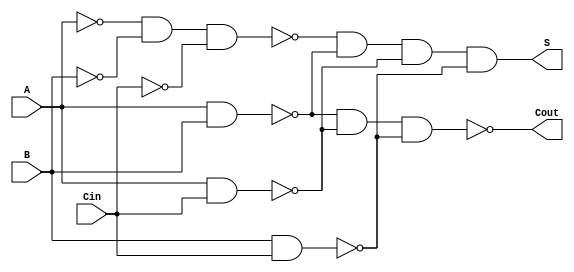
module NegativeCircuitFullAdder (
    input wire A,    // First binary input
    input wire B,    // Second binary input
    input wire Cin,  // Carry input
    output wire S,   // Sum output
    output wire Cout // Carry output
);

// Internal signals for negative logic
wire A_n, B_n, Cin_n;
wire AB, AC, BC;

// Invert the inputs for negative logic
assign A_n = ~A; // A_n is active-low version of A
assign B_n = ~B; // B_n is active-low version of B
assign Cin_n = ~Cin; // Cin_n is active-low version of Cin

// Sum output using XOR operation in negative logic
assign S = ~(A_n & B_n & Cin_n) & ~(A & B) & ~(A & Cin) & ~(B & Cin);

// Carry output using AND and OR operations
assign AB = A & B;         // A and B
assign AC = A & Cin;       // A and Cin
assign BC = B & Cin;       // B and Cin
assign Cout = ~(~AB & ~AC & ~BC); // Cout is active-low

endmodule